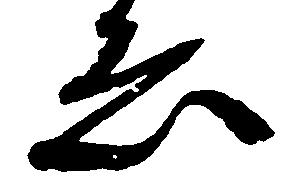
ゑ